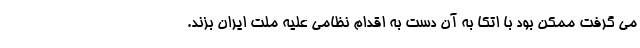
می گرفت ممکن بود با اتکا به آن دست به اقدام نظامی علیه ملت ایران بزند.